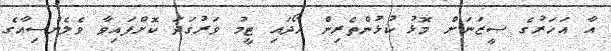
އާ އަހަރުގެ ސީޒަނަށް މޮޅު ކުޅުންތެރިން ހޯދައި ޓީމު ވަރުގަދަ ކޮށްފައިވާ ވެލެންސިއާގެ